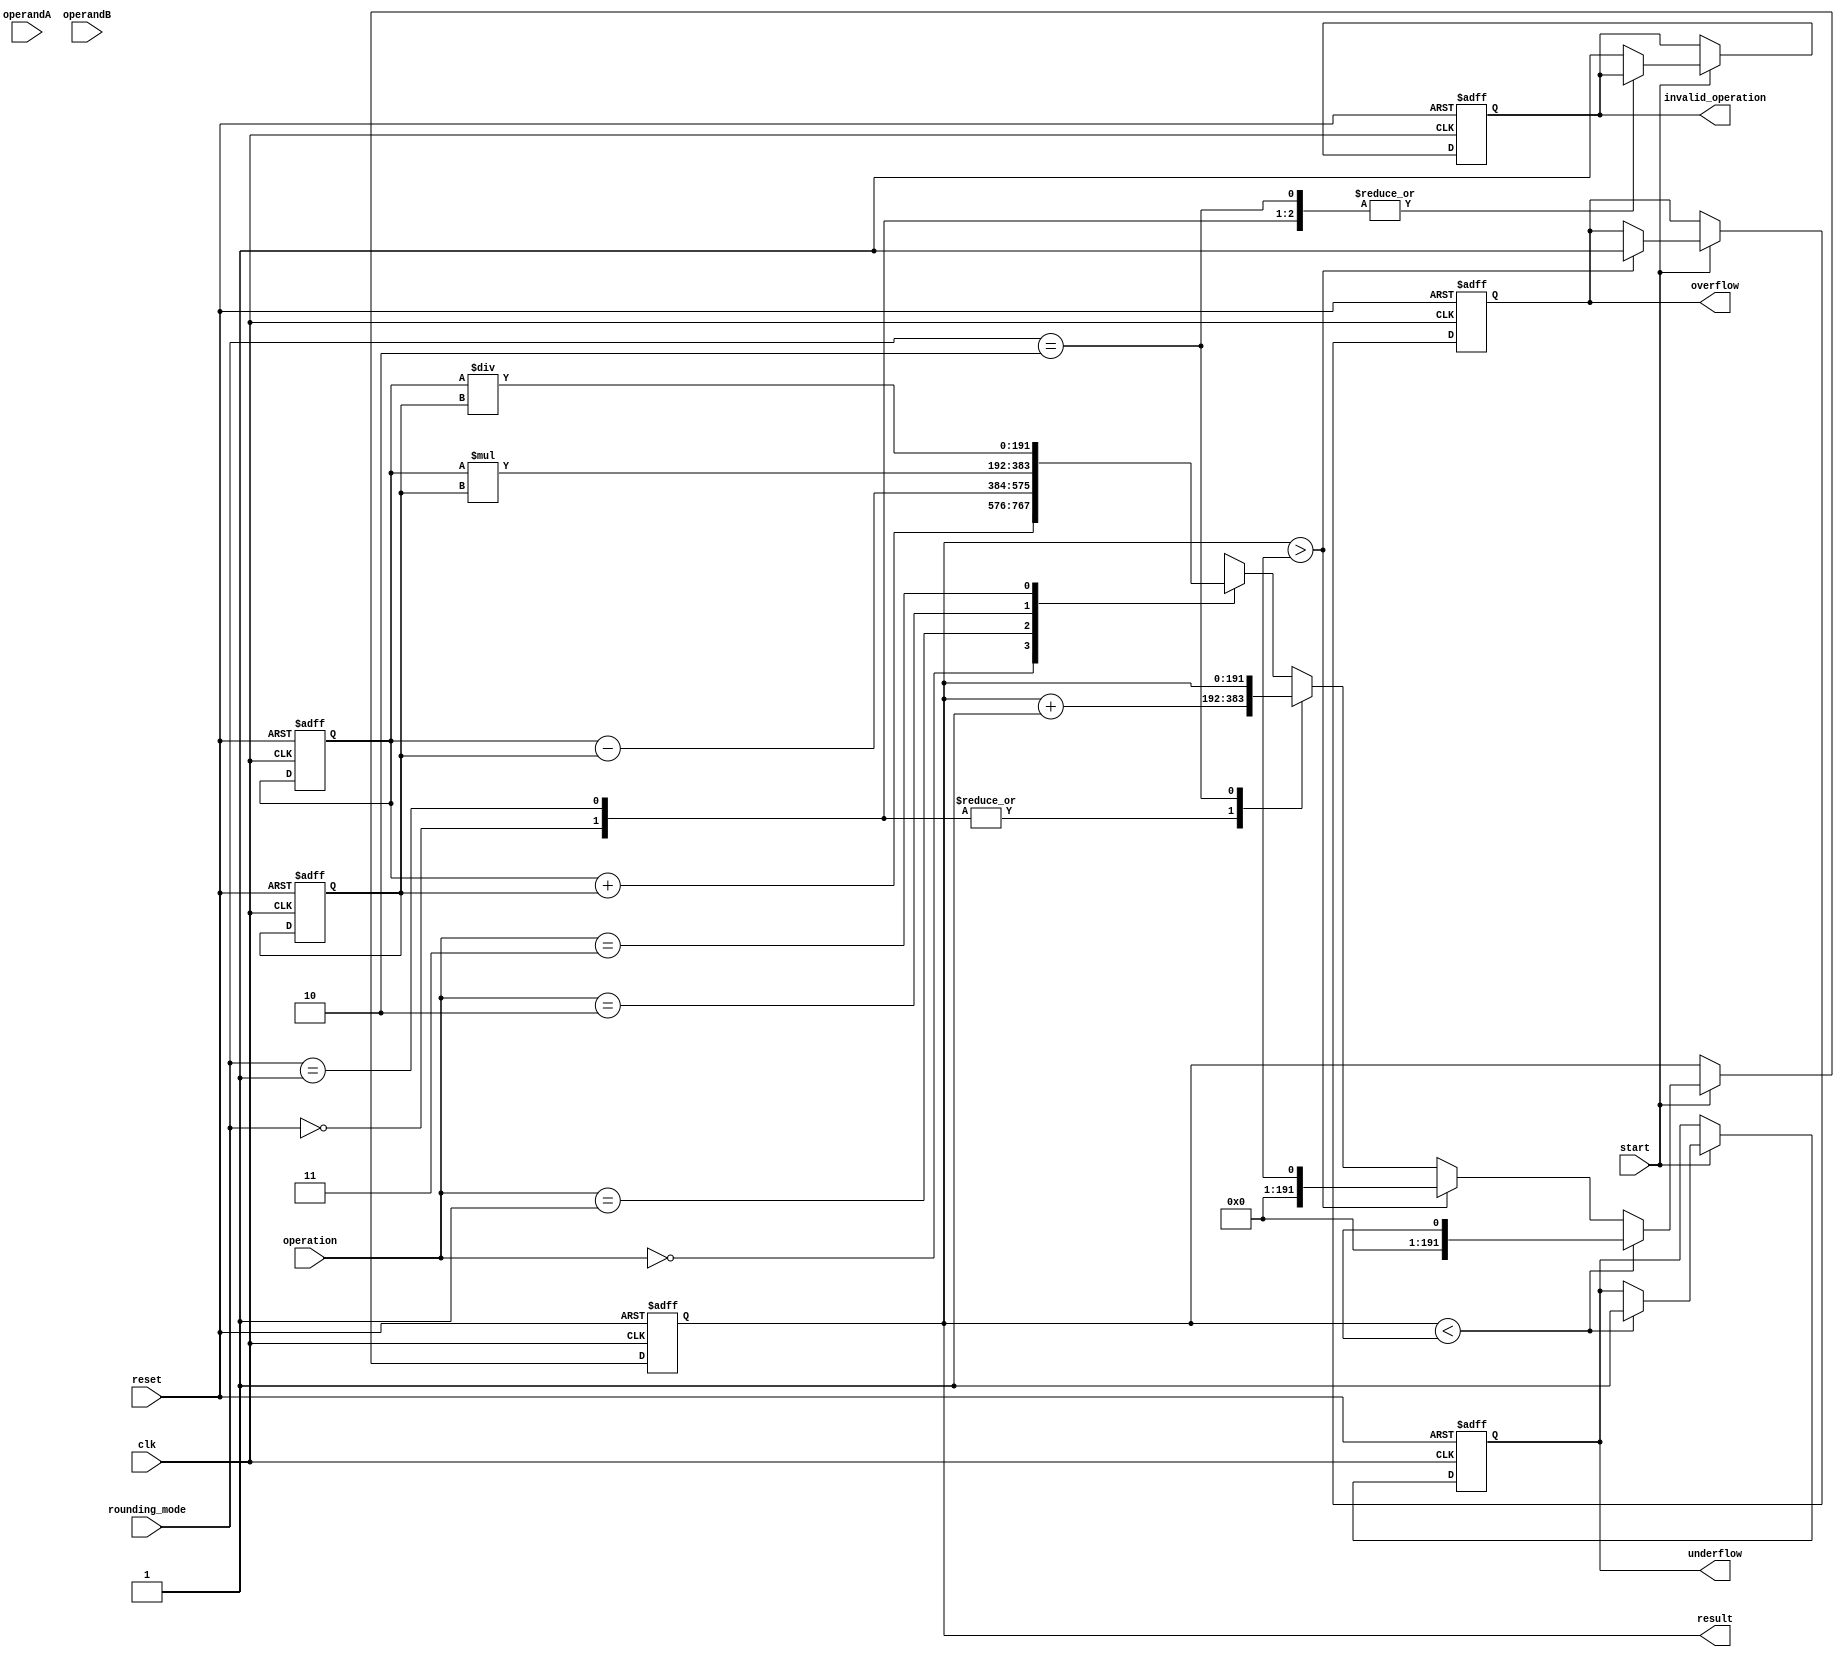
module TriplePrecisionFloatingPointUnit (
    input wire clk,
    input wire reset,
    input wire start,
    input wire [2:0] rounding_mode,
    input wire [1:0] operation,
    input wire [191:0] operandA,
    input wire [191:0] operandB,
    
    output wire [191:0] result,
    output wire overflow,
    output wire underflow,
    output wire invalid_operation
);

// Define the floating point registers
reg [191:0] regA;
reg [191:0] regB;
reg [191:0] regC;

// Define flags for exception handling
reg overflow;
reg underflow;
reg invalid_operation;

// Define the arithmetic logic unit
always @ (posedge clk or posedge reset) begin
    if (reset) begin
        // Reset registers and flags
        regA <= 0;
        regB <= 0;
        regC <= 0;
        overflow <= 0;
        underflow <= 0;
        invalid_operation <= 0;
    end else if (start) begin
        case(operation)
            2'b00: regC <= regA + regB; // Addition
            2'b01: regC <= regA - regB; // Subtraction
            2'b10: regC <= regA * regB; // Multiplication
            2'b11: regC <= regA / regB; // Division
            default: invalid_operation <= 1; // Invalid operation
        endcase
        
        // Perform rounding based on rounding mode
        case(rounding_mode)
            3'b000: regC <= regC + 1; // Round to nearest
            3'b001: regC <= regC + 1; // Round towards positive infinity
            3'b010: regC <= regC; // Round towards negative infinity
            // Add more rounding modes as needed
            default: invalid_operation <= 1; // Invalid rounding mode
        endcase
        
        // Check for overflow and underflow
        if (regC > MAX_VALUE) begin
            overflow <= 1;
            regC <= MAX_VALUE;
        end
        if (regC < MIN_VALUE) begin
            underflow <= 1;
            regC <= MIN_VALUE;
        end
    end
end

// Output the result
assign result = regC;

endmodule